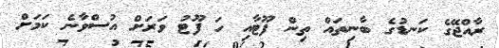
ރާއްޖޭގެ ކަނޑުގެ ބާނިތައް ތިން ފޫޓާއި ހަ ފޫޓު ވަރަށް އުސްވާނެ ކަމަށް